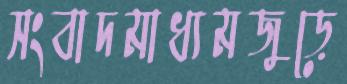
সংবাদমাধ্যমজুড়ে